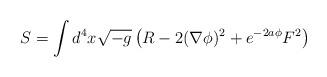
LaTeX: \begin{align*}S = \int d^4x \sqrt{-g} \left(R - 2 (\nabla\phi)^2 + e^{-2a\phi} F^2 \right)\end{align*}